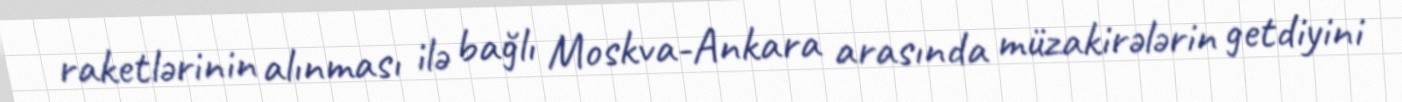
raketlərinin alınması ilə bağlı Moskva-Ankara arasında müzakirələrin getdiyini